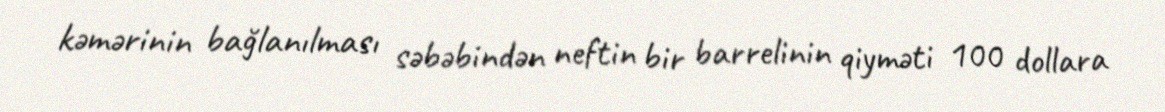
kəmərinin bağlanılması səbəbindən neftin bir barrelinin qiyməti 100 dollara